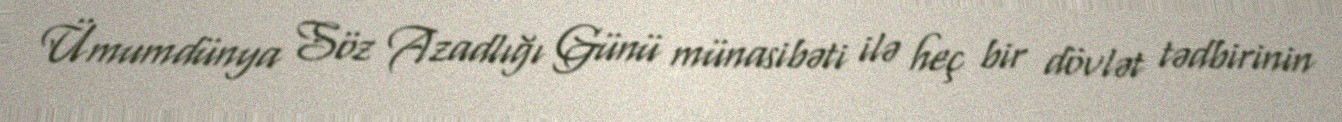
Ümumdünya Söz Azadlığı Günü münasibəti ilə heç bir dövlət tədbirinin